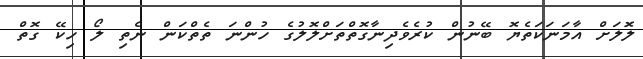
ލޮަލަށް އާމަނަކަތެޔޮ ބޭނުން ކުރެވެދިނާގޮތްތަށްލޮލުގެ ހުންނަ ތެތްކަން ނެތި ލޯ ހިކޭ ގޮތް